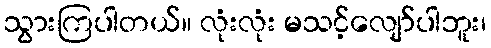
သွားကြပါတယ်။ လုံးလုံး မသင့်လျော်ပါဘူး၊